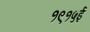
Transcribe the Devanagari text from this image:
१९१५ई